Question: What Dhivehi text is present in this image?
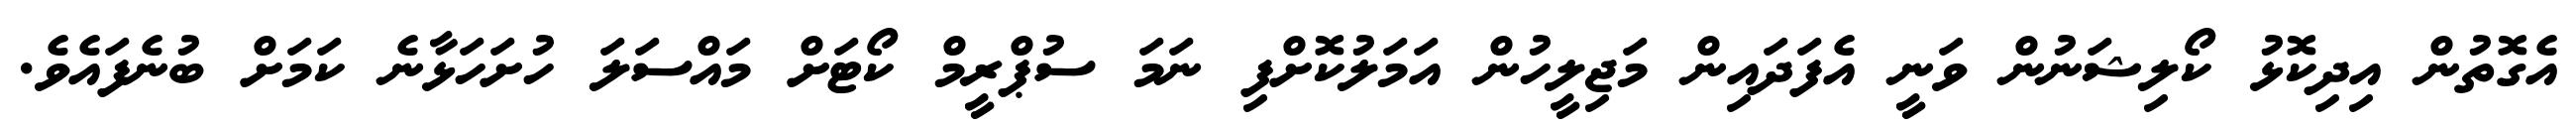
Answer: އެގޮތުން އިދިކޮޅު ކޯލިޝަނުން ވަނީ އެފަދައިން މަޖިލީހުން އަމަލުކޮށްފި ނަމަ ސުޕްރީމް ކޯޓަށް މައްސަލަ ހުށަހަޅާނެ ކަމަށް ބުނެފައެވެ.